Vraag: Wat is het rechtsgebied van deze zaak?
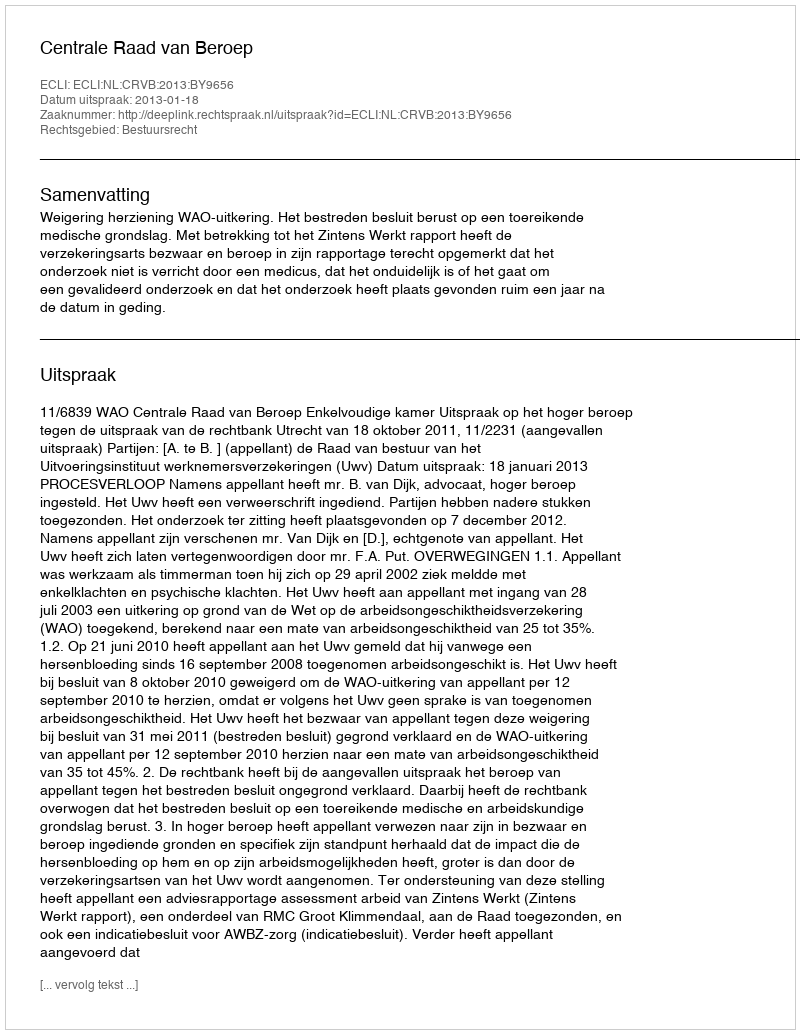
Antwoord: Bestuursrecht